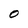
Character: O